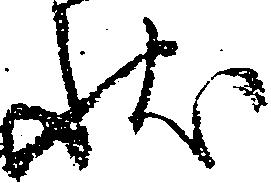
状